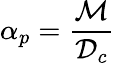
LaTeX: \alpha_{p}=\frac{\mathcal{M}}{{\mathcal{D}}_{c}}